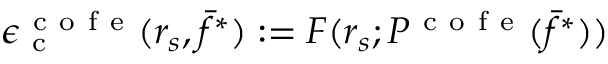
\epsilon _ { \mathrm { ~ c ~ } } ^ { \mathrm { ~ c ~ o ~ f ~ e ~ } } ( r _ { s } , \bar { f } ^ { * } ) : = F ( r _ { s } ; P ^ { \mathrm { ~ c ~ o ~ f ~ e ~ } } ( \bar { f } ^ { * } ) )